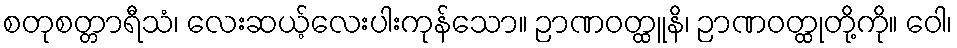
စတုစတ္တာရီသံ၊ လေးဆယ့်လေးပါးကုန်သော။ ဉာဏဝတ္ထူနိ၊ ဉာဏဝတ္ထုတို့ကို။ ဝေါ၊